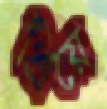
প্রিয়ে